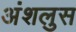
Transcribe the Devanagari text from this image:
अंशलुस